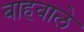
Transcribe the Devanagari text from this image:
बाहवाले